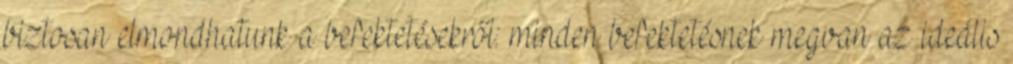
biztosan elmondhatunk a befektetésekről: minden befektetésnek megvan az ideális